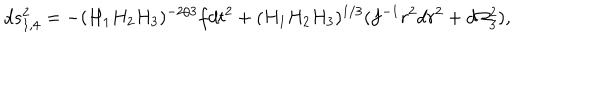
LaTeX: d s _ { 1 , 4 } ^ { 2 } = - ( H _ { 1 } H _ { 2 } H _ { 3 } ) ^ { - 2 / 3 } f d t ^ { 2 } + ( H _ { 1 } H _ { 2 } H _ { 3 } ) ^ { 1 / 3 } ( f ^ { - 1 } r ^ { 2 } d r ^ { 2 } + d \Omega _ { 3 } ^ { 2 } ) ,